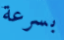
بسرعة